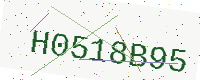
Text: H0518B95